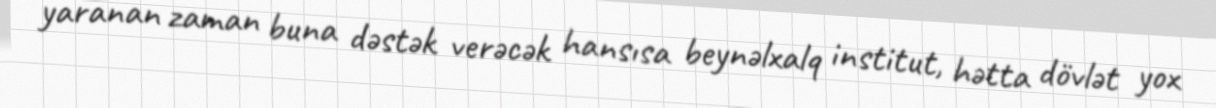
yaranan zaman buna dəstək verəcək hansısa beynəlxalq institut, hətta dövlət yox